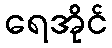
ရေအိုင်